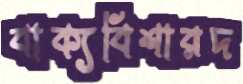
বাক্যবিশারদ